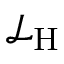
{ \mathcal { L } } _ { \mathrm { H } }